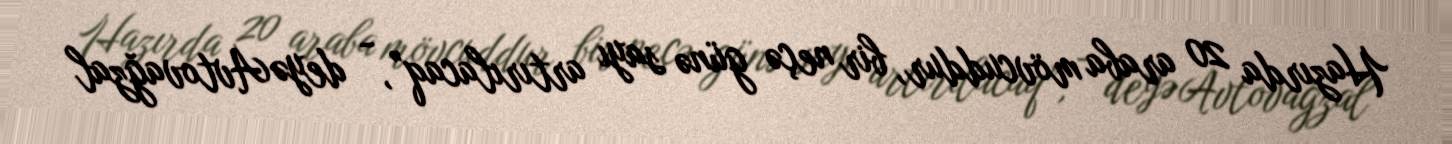
Hazırda 20 araba mövcuddur, bir neçə günə sayı artırılacaq”, - deyə Avtovağzal